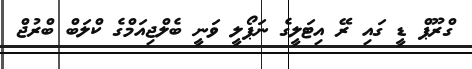
ގްރޫޕް ޑީ ގައި ރޭ އިޓަލީގެ ނަޕޯލީ ވަނީ ބެލްޖިއަމްގެ ކްލަބް ބްރުޖް